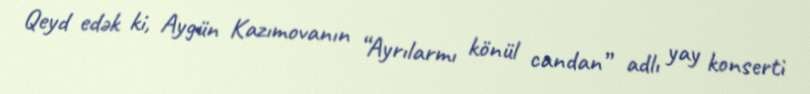
Qeyd edək ki, Aygün Kazımovanın “Ayrılarmı könül candan” adlı yay konserti